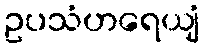
ဥပသံဟရေယျံ